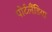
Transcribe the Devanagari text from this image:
पोर्टलैंडिया